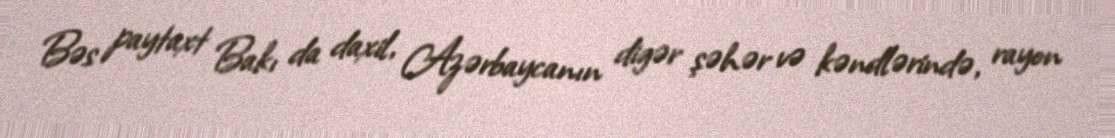
Bəs paytaxt Bakı da daxil, Azərbaycanın digər şəhər və kəndlərində, rayon